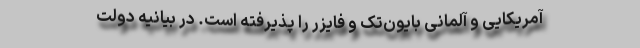
آمریکایی و آلمانی بایون‌تک و فایزر را پذیرفته است. در بیانیه دولت